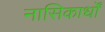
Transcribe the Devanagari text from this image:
नासिकार्धों